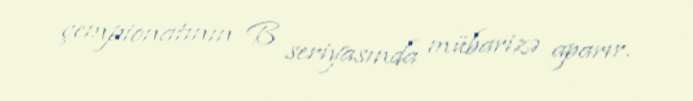
çempionatının B seriyasında mübarizə aparır.